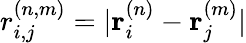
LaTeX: r_{i,j}^{(n,m)}=|\mathbf{r}_{i}^{(n)}-\mathbf{r}_{j}^{(m)}|